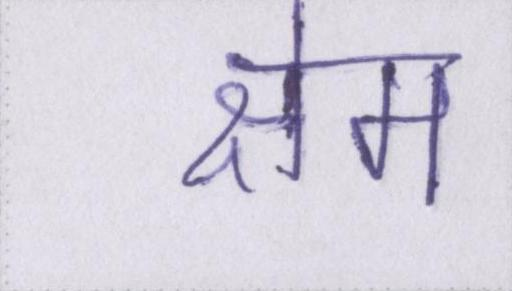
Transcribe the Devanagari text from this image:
क्षेम